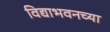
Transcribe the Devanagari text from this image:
विद्याभवनच्या